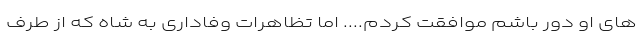
های او دور باشم موافقت کردم.... اما تظاهرات وفاداری به شاه که از طرف